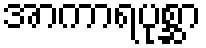
အာကာရပုစ္ဆာ